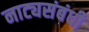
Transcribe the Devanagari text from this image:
नाट्यसंबंधी